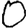
Digit: 0